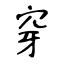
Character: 穿